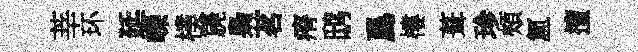
莘环延嶸樸篪梟茗瘠鸱爲樓葺珍頰氲擅